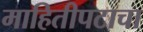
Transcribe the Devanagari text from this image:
माहितीपटाचा